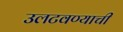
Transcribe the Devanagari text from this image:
उलटवण्याची